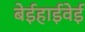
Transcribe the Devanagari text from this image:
बेईहाईवेई